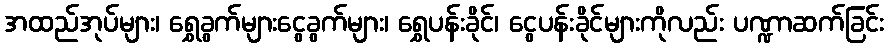
အထည်အုပ်များ၊ ရွှေခွက်များငွေခွက်များ၊ ရွှေပန်းခိုင်၊ ငွေပန်းခိုင်များကိုလည်း ပဏ္ဍာဆက်ခြင်း